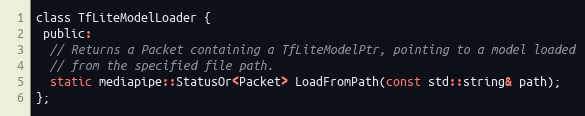
Language: C
class TfLiteModelLoader {
 public:
  // Returns a Packet containing a TfLiteModelPtr, pointing to a model loaded
  // from the specified file path.
  static mediapipe::StatusOr<Packet> LoadFromPath(const std::string& path);
};